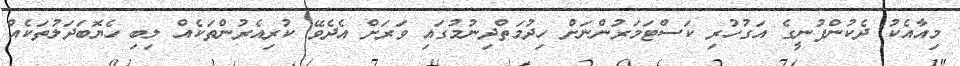
މިއާއެކު ދެކުންފުނީގެ އަގުހުރި ކަސްޓަމަރުންނަށް ހިދުމަތްދިނުމުގައި ވަރަށް އެދެވޭ ކުރިއެރުންތަކެއް ލިބި ހެޔޮބަދަލުތަކެއް